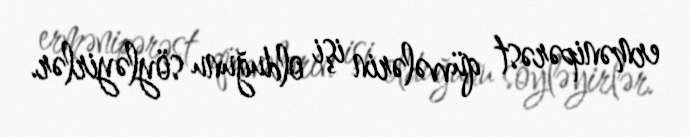
ermənipərəst qüvvələrin işi olduğunu söyləyirlər.